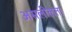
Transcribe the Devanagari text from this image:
असलीलता